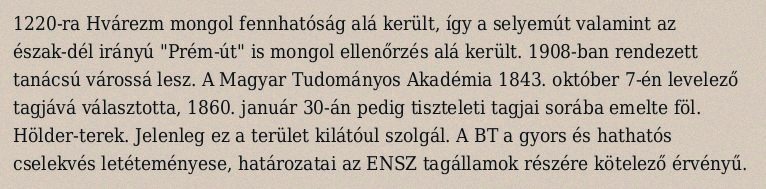
1220-ra Hvárezm mongol fennhatóság alá került, így a selyemút valamint az észak-dél irányú "Prém-út" is mongol ellenőrzés alá került. 1908-ban rendezett tanácsú várossá lesz. A Magyar Tudományos Akadémia 1843. október 7-én levelező tagjává választotta, 1860. január 30-án pedig tiszteleti tagjai sorába emelte föl. Hölder-terek. Jelenleg ez a terület kilátóul szolgál. A BT a gyors és hathatós cselekvés letéteményese, határozatai az ENSZ tagállamok részére kötelező érvényű.